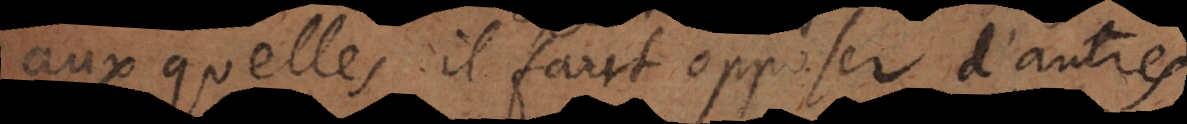
auxquelles il faut opposer d’autres